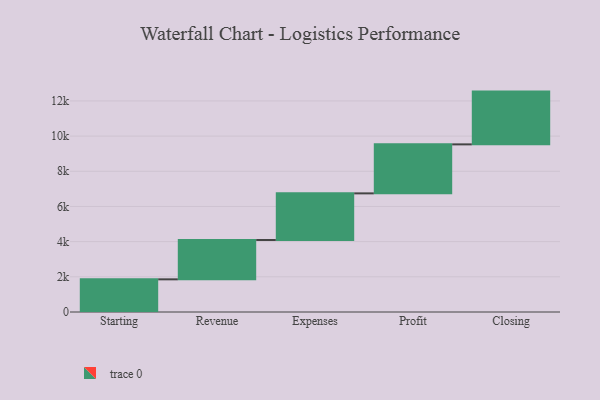
{"axis": {"x": "Step", "y": "Value"}, "legend": [""], "data": [{"x": "Starting", "y": 1857.0, "type": ""}, {"x": "Revenue", "y": 2236.0, "type": ""}, {"x": "Expenses", "y": 2651.0, "type": ""}, {"x": "Profit", "y": 2786.0, "type": ""}, {"x": "Closing", "y": 3000, "type": ""}]}